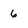
Character: 6